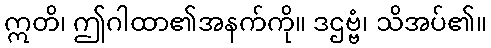
ဣတိ၊ ဤဂါထာ၏အနက်ကို။ ဒဌဗ္ဗံ၊ သိအပ်၏။